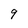
Character: 9